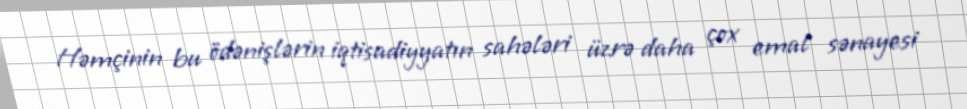
Həmçinin bu ödənişlərin iqtisadiyyatın sahələri üzrə daha çox emal sənayesi